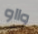
وااو